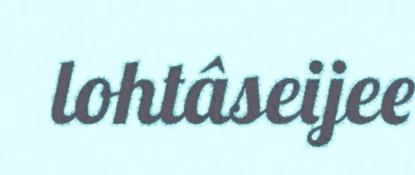
lohtâseijee